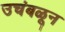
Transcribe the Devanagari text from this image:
उचंबळून